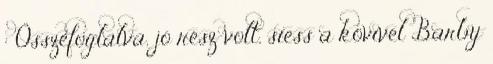
: Összefoglalva, jó rész volt, siess a kövivel Barby